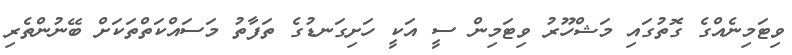
ވިޓަމިނެއްގެ ގޮތުގައި މަޝްހޫރު ވިޓަމިން ސީ އަކީ ހަށިގަނޑުގެ ތަފާތު މަސައްކަތްތަކަށް ބޭނުންތެރި